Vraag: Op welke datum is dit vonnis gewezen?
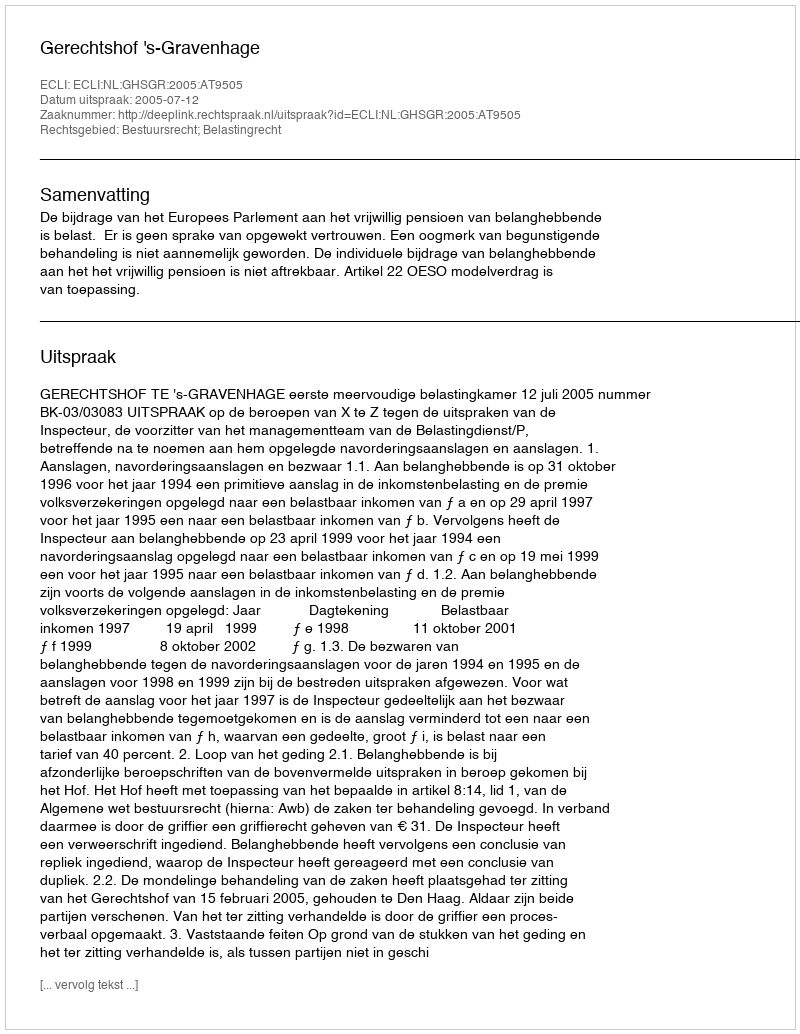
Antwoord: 2005-07-12